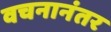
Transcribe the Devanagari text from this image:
वचनानंतर